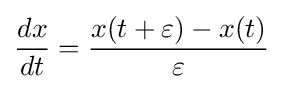
{\frac {dx}{dt}}={\frac {x(t+\varepsilon )-x(t)}{\varepsilon }}